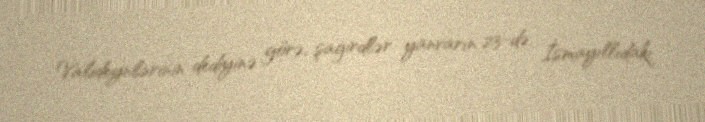
Valideynlərinin dediyinə görə, şagirdlər yanvarın 23-də İsmayıllıdakı